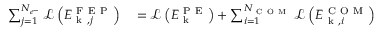
\begin{array} { r l } { \sum _ { j = 1 } ^ { N _ { e ^ { - } } } \mathcal { L } \left( E _ { \mathrm { ~ k ~ } , j } ^ { \mathrm { ~ F ~ E ~ P ~ } } \right) } & { { } = \mathcal { L } \left( E _ { \mathrm { ~ k ~ } } ^ { \mathrm { ~ P ~ E ~ } } \right) + \sum _ { i = 1 } ^ { N _ { \mathrm { ~ C ~ O ~ M ~ } } } \mathcal { L } \left( E _ { \mathrm { ~ k ~ } , i } ^ { \mathrm { ~ C ~ O ~ M ~ } } \right) } \end{array}